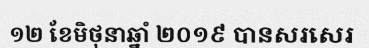
១២ ខែមិថុនាឆ្នាំ ២០១៩ បានសរសេរ